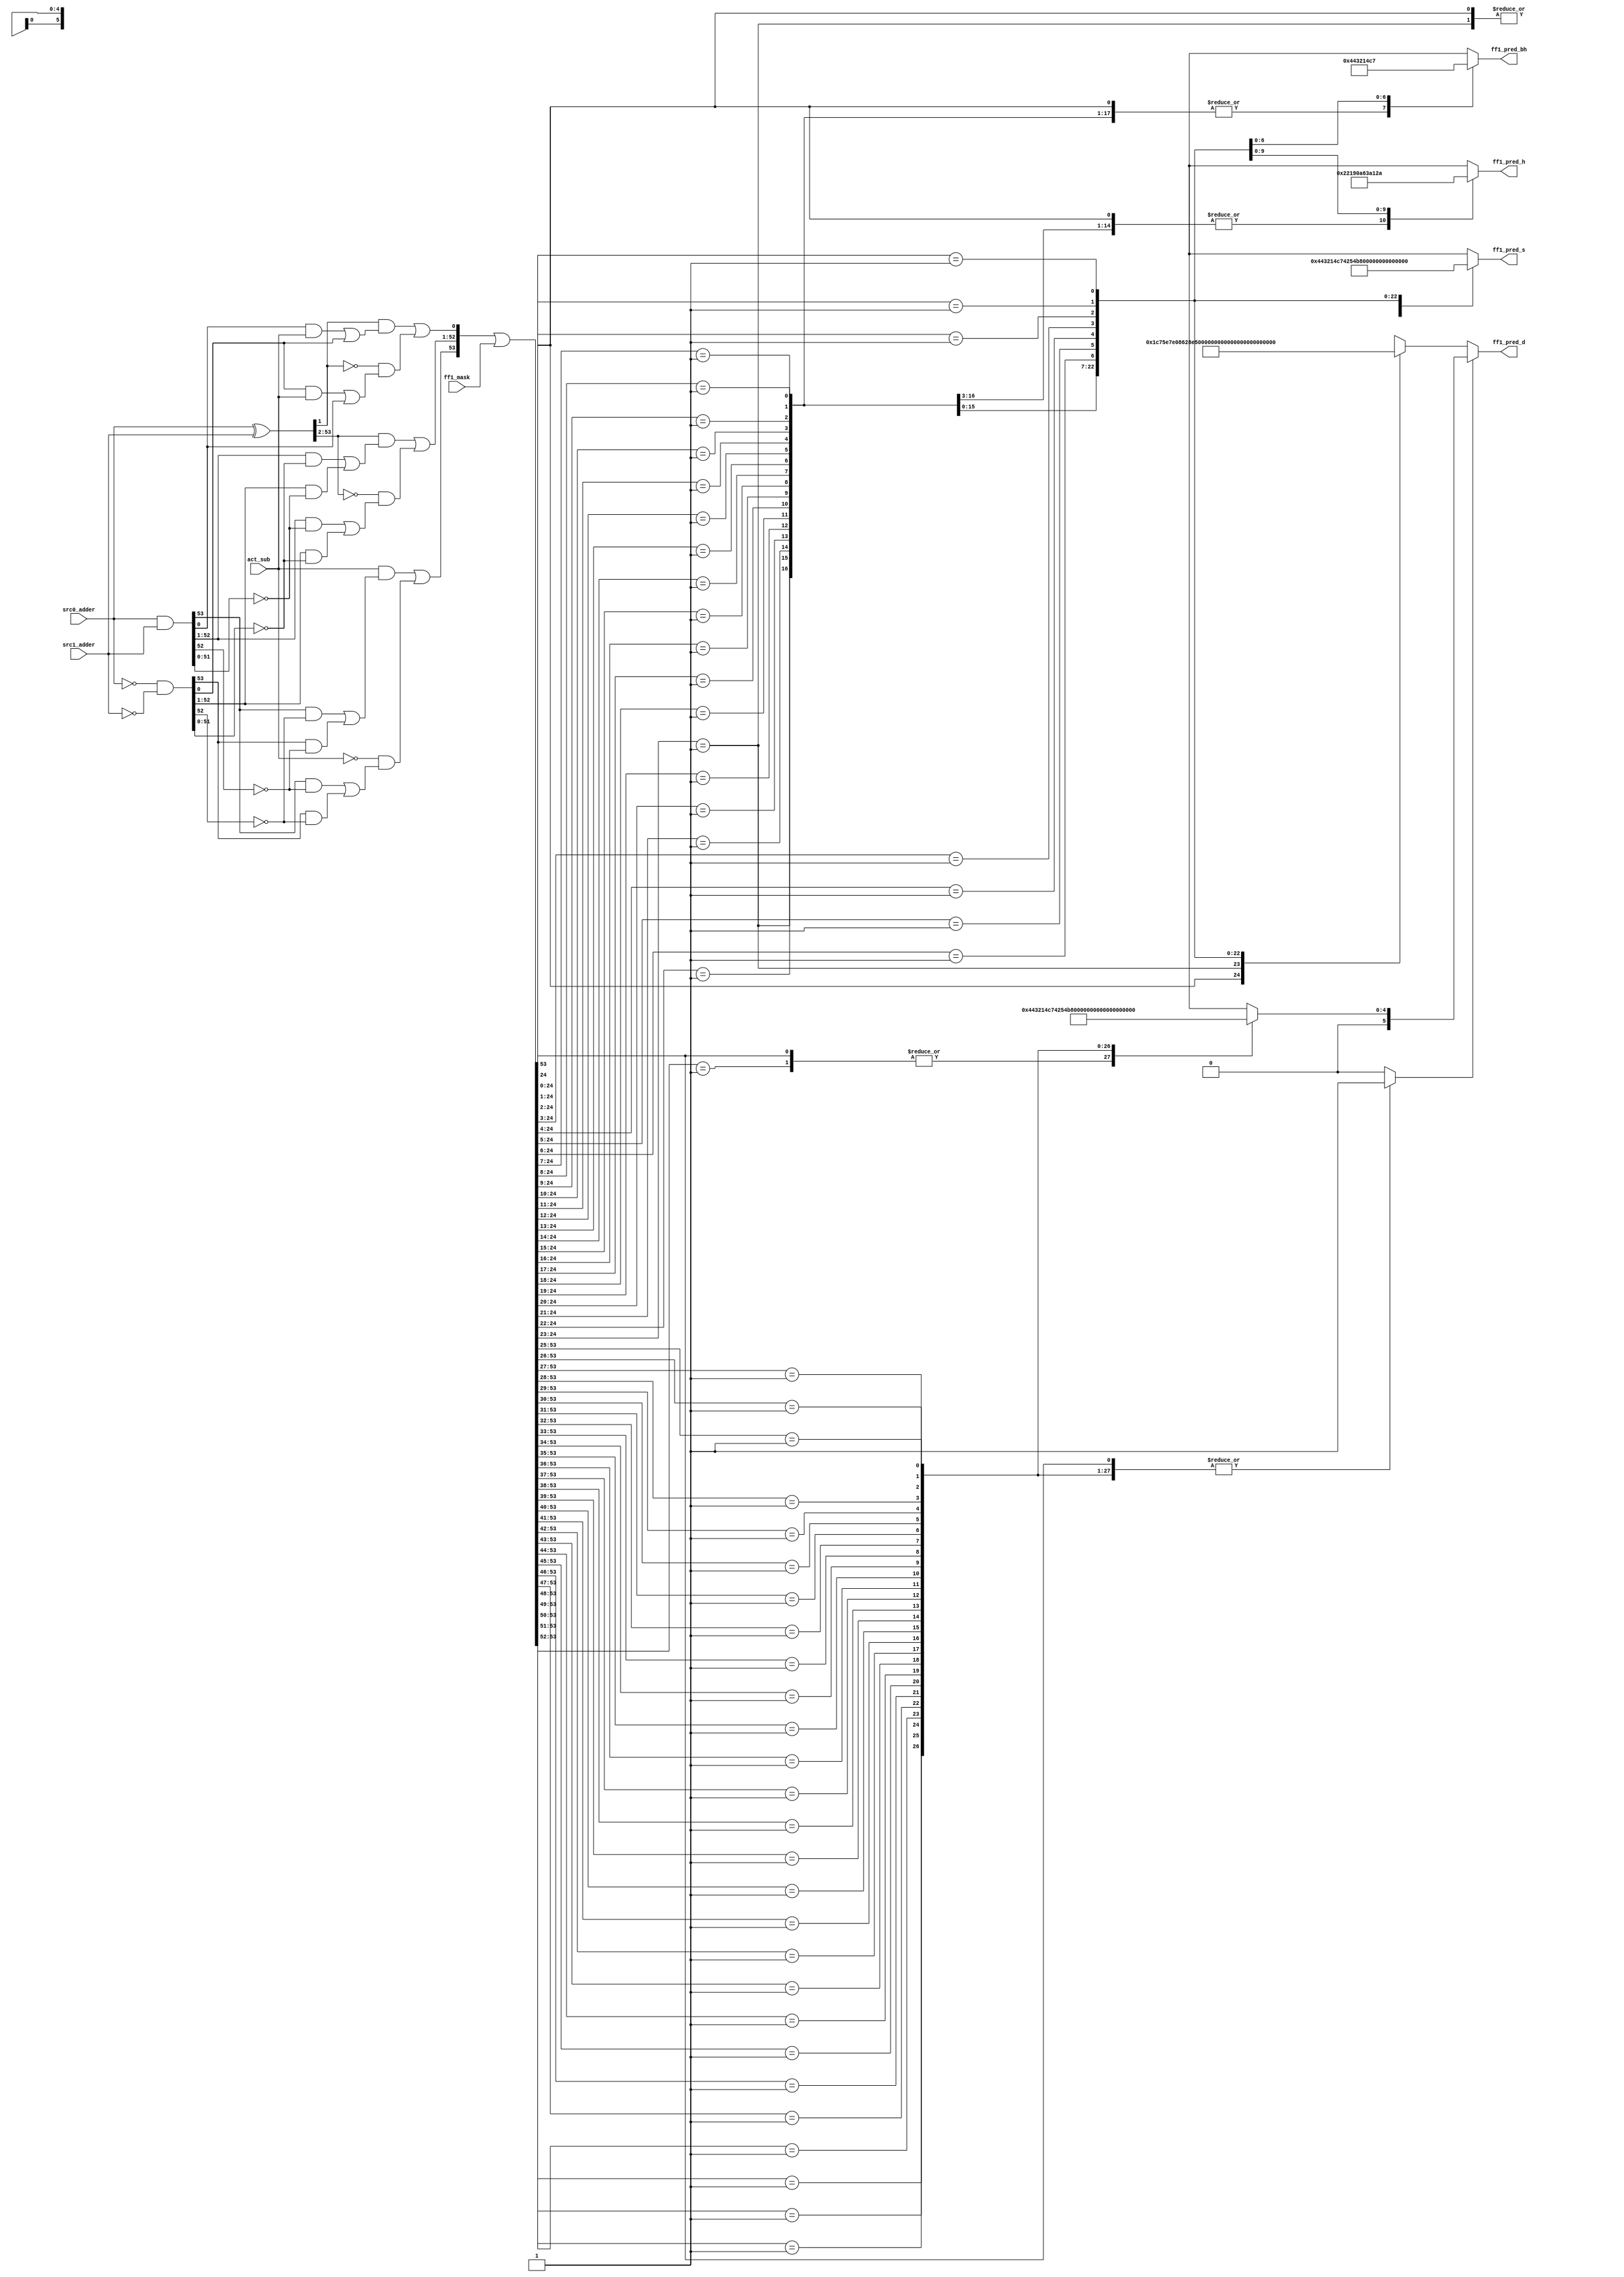
/*Copyright 2020-2021 T-Head Semiconductor Co., Ltd.

Licensed under the Apache License, Version 2.0 (the "License");
you may not use this file except in compliance with the License.
You may obtain a copy of the License at

    http://www.apache.org/licenses/LICENSE-2.0

Unless required by applicable law or agreed to in writing, software
distributed under the License is distributed on an "AS IS" BASIS,
WITHOUT WARRANTIES OR CONDITIONS OF ANY KIND, either express or implied.
See the License for the specific language governing permissions and
limitations under the License.
*/

// &ModuleBeg; @22
module aq_fadd_lop_s1_sb(
  act_sub,
  ff1_mask,
  ff1_pred_bh,
  ff1_pred_d,
  ff1_pred_h,
  ff1_pred_s,
  src0_adder,
  src1_adder
);

// &Ports; @23
input           act_sub;               
input   [53:0]  ff1_mask;              
input   [53:0]  src0_adder;            
input   [53:0]  src1_adder;            
output  [4 :0]  ff1_pred_bh;           
output  [5 :0]  ff1_pred_d;            
output  [4 :0]  ff1_pred_h;            
output  [4 :0]  ff1_pred_s;            

// &Regs; @24
reg     [4 :0]  ff1_l_pred_bh;         
reg     [4 :0]  ff1_l_pred_e_d;        
reg     [4 :0]  ff1_l_pred_h;          
reg     [5 :0]  ff1_l_pred_t0_d;       
reg     [24:0]  ff1_l_pred_t0_d_onehot; 
reg     [4 :0]  ff1_pred_e_d;          
reg             sel_h;                 

// &Wires; @25
wire            act_sub;               
wire    [53:0]  close_adder0_t0;       
wire    [53:0]  close_adder1_t0;       
wire    [53:0]  close_ff1_a_t0;        
wire    [53:0]  close_ff1_b_t0;        
wire    [53:0]  close_ff1_c_t0;        
wire    [53:0]  close_ff1_f_t0;        
wire    [53:0]  close_ff1_g_t0;        
wire    [53:0]  close_ff1_t_t0;        
wire    [53:0]  close_ff1_z_t0;        
wire    [53:0]  ff1_code;              
wire    [53:0]  ff1_mask;              
wire    [4 :0]  ff1_pred_bh;           
wire    [5 :0]  ff1_pred_d;            
wire    [4 :0]  ff1_pred_h;            
wire    [4 :0]  ff1_pred_s;            
wire    [53:0]  src0_adder;            
wire    [53:0]  src1_adder;            



//assign ff1_pred_onehot[53:0] = ff1_pred_t0_d_onehot[53:0];
assign ff1_pred_d[5:0]         = sel_h ? {1'b0,ff1_pred_e_d[4:0]} : ff1_l_pred_t0_d[5:0];
assign ff1_pred_s[4:0]       = ff1_l_pred_e_d[4:0];
assign ff1_pred_h[4:0]       = ff1_l_pred_h[4:0];
assign ff1_pred_bh[4:0]      = ff1_l_pred_bh[4:0];
assign close_adder0_t0[53:0] = src0_adder[53:0];
assign close_adder1_t0[53:0] = src1_adder[53:0];

//close_sum0 for F1-F0
//close_sum select, keep sum not negative
//close_sum0_m1
//assign close_sum_m1_t0[53:0] = $unsigned($signed(close_adder0_t0[53:0])
//                                        - $signed(close_adder1_t0[53:0])
//                                        + $signed(close_m1_oper2[53:0]));
//csky vperl_on
//FF1 Logic of Close Path S0
//If predict first 1 set at r[n]
//Actual first 1 may set at r[n+1] or r[n]
//A and B are to oprand
assign close_ff1_a_t0[53:0] = close_adder0_t0[53:0];
assign close_ff1_b_t0[53:0] = close_adder1_t0[53:0];

//C = B && act_add || ~B && act_sub
assign close_ff1_c_t0[53:0] = close_ff1_b_t0[53:0];
//T = A^C  G=A&C  Z=(~A)&(~C)
assign close_ff1_t_t0[53:0] = close_ff1_a_t0[53:0] ^ close_ff1_c_t0[53:0];
assign close_ff1_g_t0[53:0] = close_ff1_a_t0[53:0] & close_ff1_c_t0[53:0];
assign close_ff1_z_t0[53:0] = (~close_ff1_a_t0[53:0]) & (~close_ff1_c_t0[53:0]);
//F :
//fn-1 = En[gi(~zi-1) + zi(~gi-1)] + (~En)[gi(~gi-1) + zi(~zi-1)], En=act_sub
//f0   = t1(g0En+z0) + (~t1)(z0En+g0)
//fi   = ti+1[gi(~zi-1) + zi(~gi-1)] + (~ti+1)[gi(~gi-1) + zi(~zi-1)]
assign close_ff1_f_t0[53]   =  act_sub && (( close_ff1_g_t0[53] & (~close_ff1_z_t0[52])) |
                                           ( close_ff1_z_t0[53] & (~close_ff1_g_t0[52]))) ||  
                               !act_sub && (( close_ff1_g_t0[53] & (~close_ff1_g_t0[52])) |
                                            ( close_ff1_z_t0[53] & (~close_ff1_z_t0[52])));
assign close_ff1_f_t0[0]    = (( close_ff1_t_t0[1]) & ((close_ff1_g_t0[0]&act_sub) | close_ff1_z_t0[0])) |
                              ((~close_ff1_t_t0[1]) & ((close_ff1_z_t0[0]&act_sub) | close_ff1_g_t0[0]));
assign close_ff1_f_t0[52:1] = (( close_ff1_t_t0[53:2]) & ((close_ff1_g_t0[52:1] & (~close_ff1_z_t0[51:0])) |
                               ( close_ff1_z_t0[52:1]  & (~close_ff1_g_t0[51:0]))))                     |
                              ((~close_ff1_t_t0[53:2]) & ((close_ff1_g_t0[52:1] & (~close_ff1_g_t0[51:0])) |
                               ( close_ff1_z_t0[52:1]  & (~close_ff1_z_t0[51:0]))));
assign ff1_code[53:0] = close_ff1_f_t0[53:0] | ff1_mask[53:0];

// &CombBeg; @72
always @( ff1_code[53:25])
begin
casez(ff1_code[53:25])
  29'b1???_????_????_????_????_????_?????: begin
    ff1_pred_e_d[4:0]          = 5'b0;
    sel_h                      = 1'b1;
    //ff1_pred_t0_s[4:0]         = {5{1'bx}};
  end
  29'b01??_????_????_????_????_????_????? : begin
    ff1_pred_e_d[4:0]          = 5'd0;
    sel_h                      = 1'b1;
    //ff1_pred_t0_s[4:0]         = {5{1'bx}};
  end
  29'b001?_????_????_????_????_????_????? : begin
    ff1_pred_e_d[4:0]          = 5'd1;
    sel_h                      = 1'b1;
    //ff1_pred_t0_s[4:0]         = {5{1'bx}};
  end
  29'b0001_????_????_????_????_????_????? : begin
    ff1_pred_e_d[4:0]          = 5'd2;
    sel_h                      = 1'b1;
    //ff1_pred_t0_s[4:0]         = {5{1'bx}};
  end
  29'b0000_1???_????_????_????_????_????? : begin
    ff1_pred_e_d[4:0]          = 5'd3;
    sel_h                      = 1'b1;
    //ff1_pred_t0_s[4:0]         = {5{1'bx}};
  end
  29'b0000_01??_????_????_????_????_????? : begin
    ff1_pred_e_d[4:0]          = 5'd4;
    sel_h                      = 1'b1;
    //ff1_pred_t0_s[4:0]         = {5{1'bx}};
  end
  29'b0000_001?_????_????_????_????_????? : begin
    ff1_pred_e_d[4:0]          = 5'd5;
    sel_h                      = 1'b1;
    //ff1_pred_t0_s[4:0]         = {5{1'bx}};
  end
  29'b0000_0001_????_????_????_????_????? : begin
    ff1_pred_e_d[4:0]          = 5'd6;
    sel_h                      = 1'b1;
    //ff1_pred_t0_s[4:0]         = {5{1'bx}};
  end
  29'b0000_0000_1???_????_????_????_????? : begin
    ff1_pred_e_d[4:0]          = 5'd7;
    sel_h                      = 1'b1;
    //ff1_pred_t0_s[4:0]         = {5{1'bx}};
  end
  29'b0000_0000_01??_????_????_????_????? : begin
    ff1_pred_e_d[4:0]          = 5'd8;
    sel_h                      = 1'b1;
    //ff1_pred_t0_s[4:0]         = {5{1'bx}};
  end
  29'b0000_0000_001?_????_????_????_????? : begin
    ff1_pred_e_d[4:0]          = 5'd9;
    sel_h                      = 1'b1;
    //ff1_pred_t0_s[4:0]         = {5{1'bx}};
  end
  29'b0000_0000_0001_????_????_????_????? : begin
    ff1_pred_e_d[4:0]          = 5'd10;
    sel_h                      = 1'b1;
    //ff1_pred_t0_s[4:0]         = {5{1'bx}};
  end
  29'b0000_0000_0000_1???_????_????_????? : begin
    ff1_pred_e_d[4:0]          = 5'd11;
    sel_h                      = 1'b1;
    //ff1_pred_t0_s[4:0]         = {5{1'bx}};
  end
  29'b0000_0000_0000_01??_????_????_????? : begin
    ff1_pred_e_d[4:0]          = 5'd12;
    sel_h                      = 1'b1;
    //ff1_pred_t0_s[4:0]         = {5{1'bx}};
  end
  29'b0000_0000_0000_001?_????_????_????? : begin
    ff1_pred_e_d[4:0]          = 5'd13;
    sel_h                      = 1'b1;
    //ff1_pred_t0_s[4:0]         = {5{1'bx}};
  end
  29'b0000_0000_0000_0001_????_????_????? : begin
    ff1_pred_e_d[4:0]          = 5'd14;
    sel_h                      = 1'b1;
    //ff1_pred_t0_s[4:0]         = {5{1'bx}};
  end
  29'b0000_0000_0000_0000_1???_????_????? : begin
    ff1_pred_e_d[4:0]          = 5'd15;
    sel_h                      = 1'b1;
    //ff1_pred_t0_s[4:0]         = {5{1'bx}};
  end
  29'b0000_0000_0000_0000_01??_????_????? : begin
    ff1_pred_e_d[4:0]          = 5'd16;
    sel_h                      = 1'b1;
    //ff1_pred_t0_s[4:0]         = {5{1'bx}};
  end
  29'b0000_0000_0000_0000_001?_????_????? : begin
    ff1_pred_e_d[4:0]          = 5'd17;
    sel_h                      = 1'b1;
    //ff1_pred_t0_s[4:0]         = {5{1'bx}};
  end
  29'b0000_0000_0000_0000_0001_????_????? : begin
    ff1_pred_e_d[4:0]          = 5'd18;
    sel_h                      = 1'b1;
    //ff1_pred_t0_s[4:0]         = {5{1'bx}};
  end
  29'b0000_0000_0000_0000_0000_1???_????? : begin
    ff1_pred_e_d[4:0]          = 5'd19;
    sel_h                      = 1'b1;
    //ff1_pred_t0_s[4:0]         = {5{1'bx}};
  end
  29'b0000_0000_0000_0000_0000_01??_????? : begin
    ff1_pred_e_d[4:0]          = 5'd20;
    sel_h                      = 1'b1;
    //ff1_pred_t0_s[4:0]         = {5{1'bx}};
  end
  29'b0000_0000_0000_0000_0000_001?_????? : begin
    ff1_pred_e_d[4:0]          = 5'd21;
    sel_h                      = 1'b1;
    //ff1_pred_t0_s[4:0]         = {5{1'bx}};
  end
  29'b0000_0000_0000_0000_0000_0001_????? : begin
    ff1_pred_e_d[4:0]          = 5'd22;
    sel_h                      = 1'b1;
    //ff1_pred_t0_s[4:0]         = {5{1'bx}};
  end
  29'b0000_0000_0000_0000_0000_0000_1???? : begin
    ff1_pred_e_d[4:0]          = 5'd23;
    sel_h                      = 1'b1;
    //ff1_pred_t0_s[4:0]         = {5{1'bx}};
  end
  29'b0000_0000_0000_0000_0000_0000_01??? : begin
    ff1_pred_e_d[4:0]          = 5'd24;
    sel_h                      = 1'b1;
    //ff1_pred_t0_s[4:0]         = {5{1'bx}};
  end
  29'b0000_0000_0000_0000_0000_0000_001?? : begin
    ff1_pred_e_d[4:0]          = 5'd25;
    sel_h                      = 1'b1;
    //ff1_pred_t0_s[4:0]         = {5{1'bx}};
  end
  29'b0000_0000_0000_0000_0000_0000_0001? : begin
    ff1_pred_e_d[4:0]          = 5'd26;
    sel_h                      = 1'b1;
    //ff1_pred_t0_s[4:0]         = {5{1'bx}};
  end
  29'b0000_0000_0000_0000_0000_0000_00001 : begin
    ff1_pred_e_d[4:0]          = 5'd27;
    sel_h                      = 1'b1;
    //ff1_pred_t0_s[4:0]         = {5{1'bx}};
  end

  default : begin
    ff1_pred_e_d[4:0]          = {5{1'bx}};
    sel_h                      = 1'b0;
    //ff1_pred_t0_s[4:0]         = {5{1'bx}};
  end
endcase
// &CombEnd; @226
end
// &Force("nonport","ff1_l_pred_t0_d_onehot"); @227
// &CombBeg; @228
always @( ff1_code[24:0])
begin
casez(ff1_code[24:0])
  25'b1???_????_????_????_????_????_?: begin
    ff1_l_pred_t0_d_onehot[24:0] = 25'b1000_0000_0000_0000_0000_0000_0;
    ff1_l_pred_t0_d[5:0]         = 6'd28;
    ff1_l_pred_e_d[4:0]          = 5'b0;
    ff1_l_pred_h[4:0]            = 5'b0;
    ff1_l_pred_bh[4:0]           = 5'b0;
    //ff1_l_pred_t0_s[4:0]         = {5{1'bx}};
  end
  25'b01??_????_????_????_????_????_?: begin
    ff1_l_pred_t0_d_onehot[24:0] = 25'b0100_0000_0000_0000_0000_0000_0;
    ff1_l_pred_t0_d[5:0]         = 6'd29;
    ff1_l_pred_e_d[4:0]          = 5'd0;
    ff1_l_pred_h[4:0]            = 5'b0;
    ff1_l_pred_bh[4:0]           = 5'b0;
    //ff1_l_pred_t0_s[4:0]         = {5{1'bx}};
  end
  25'b001?_????_????_????_????_????_?: begin
    ff1_l_pred_t0_d_onehot[24:0] = 25'b0010_0000_0000_0000_0000_0000_0;
    ff1_l_pred_t0_d[5:0]         = 6'd30;
    ff1_l_pred_e_d[4:0]          = 5'd1;
    ff1_l_pred_h[4:0]            = 5'b0;
    ff1_l_pred_bh[4:0]           = 5'b0;
    //ff1_l_pred_t0_s[4:0]         = {5{1'bx}};
  end
  25'b0001_????_????_????_????_????_?: begin
    ff1_l_pred_t0_d_onehot[24:0] = 25'b0001_0000_0000_0000_0000_0000_0;
    ff1_l_pred_t0_d[5:0]         = 6'd31;
    ff1_l_pred_e_d[4:0]          = 5'd2;
    ff1_l_pred_h[4:0]            = 5'b0;
    ff1_l_pred_bh[4:0]           = 5'b0;
    //ff1_l_pred_t0_s[4:0]         = {5{1'bx}};
  end
  25'b0000_1???_????_????_????_????_?: begin
    ff1_l_pred_t0_d_onehot[24:0] = 25'b0000_1000_0000_0000_0000_0000_0;
    ff1_l_pred_t0_d[5:0]         = 6'd32;
    ff1_l_pred_e_d[4:0]          = 5'd3;
    ff1_l_pred_h[4:0]            = 5'b0;
    ff1_l_pred_bh[4:0]           = 5'b0;
    //ff1_l_pred_t0_s[4:0]         = {5{1'bx}};
  end
  25'b0000_01??_????_????_????_????_?: begin
    ff1_l_pred_t0_d_onehot[24:0] = 25'b0000_0100_0000_0000_0000_0000_0;
    ff1_l_pred_t0_d[5:0]         = 6'd33;
    ff1_l_pred_e_d[4:0]          = 5'd4;
    ff1_l_pred_h[4:0]            = 5'b0;
    ff1_l_pred_bh[4:0]           = 5'b0;
    //ff1_l_pred_t0_s[4:0]         = {5{1'bx}};
  end
  25'b0000_001?_????_????_????_????_?: begin
    ff1_l_pred_t0_d_onehot[24:0] = 25'b0000_0010_0000_0000_0000_0000_0;
    ff1_l_pred_t0_d[5:0]         = 6'd34;
    ff1_l_pred_e_d[4:0]          = 5'd5;
    ff1_l_pred_h[4:0]            = 5'b0;
    ff1_l_pred_bh[4:0]           = 5'b0;
    //ff1_l_pred_t0_s[4:0]         = {5{1'bx}};
  end
  25'b0000_0001_????_????_????_????_?: begin
    ff1_l_pred_t0_d_onehot[24:0] = 25'b0000_0001_0000_0000_0000_0000_0;
    ff1_l_pred_t0_d[5:0]         = 6'd35;
    ff1_l_pred_e_d[4:0]          = 5'd6;
    ff1_l_pred_h[4:0]            = 5'b0;
    ff1_l_pred_bh[4:0]           = 5'b0;
    //ff1_l_pred_t0_s[4:0]         = {5{1'bx}};
  end
  25'b0000_0000_1???_????_????_????_?: begin
    ff1_l_pred_t0_d_onehot[24:0] = 25'b0000_0000_1000_0000_0000_0000_0;
    ff1_l_pred_t0_d[5:0]         = 6'd36;
    ff1_l_pred_e_d[4:0]          = 5'd7;
    ff1_l_pred_h[4:0]            = 5'b0;
    ff1_l_pred_bh[4:0]           = 5'b0;
    //ff1_l_pred_t0_s[4:0]         = {5{1'bx}};
  end
  25'b0000_0000_01??_????_????_????_?: begin
    ff1_l_pred_t0_d_onehot[24:0] = 25'b0000_0000_0100_0000_0000_0000_0;
    ff1_l_pred_t0_d[5:0]         = 6'd37;
    ff1_l_pred_e_d[4:0]          = 5'd8;
    ff1_l_pred_h[4:0]            = 5'b0;
    ff1_l_pred_bh[4:0]           = 5'b0;
    //ff1_l_pred_t0_s[4:0]         = {5{1'bx}};
  end
  25'b0000_0000_001?_????_????_????_?: begin
    ff1_l_pred_t0_d_onehot[24:0] = 25'b0000_0000_0010_0000_0000_0000_0;
    ff1_l_pred_t0_d[5:0]         = 6'd38;
    ff1_l_pred_e_d[4:0]          = 5'd9;
    ff1_l_pred_h[4:0]            = 5'b0;
    ff1_l_pred_bh[4:0]           = 5'b0;
    //ff1_l_pred_t0_s[4:0]         = {5{1'bx}};
  end
  25'b0000_0000_0001_????_????_????_?: begin
    ff1_l_pred_t0_d_onehot[24:0] = 25'b0000_0000_0001_0000_0000_0000_0;
    ff1_l_pred_t0_d[5:0]         = 6'd39;
    ff1_l_pred_e_d[4:0]          = 5'd10;
    ff1_l_pred_h[4:0]            = 5'b0;
    ff1_l_pred_bh[4:0]           = 5'b0;
    //ff1_l_pred_t0_s[4:0]         = {5{1'bx}};
  end
  25'b0000_0000_0000_1???_????_????_?: begin
    ff1_l_pred_t0_d_onehot[24:0] = 25'b0000_0000_0000_1000_0000_0000_0;
    ff1_l_pred_t0_d[5:0]         = 6'd40;
    ff1_l_pred_e_d[4:0]          = 5'd11;
    ff1_l_pred_h[4:0]            = 5'b0;
    ff1_l_pred_bh[4:0]           = 5'b0;
    //ff1_l_pred_t0_s[4:0]         = {5{1'bx}};
  end
  25'b0000_0000_0000_01??_????_????_?: begin
    ff1_l_pred_t0_d_onehot[24:0] = 25'b0000_0000_0000_0100_0000_0000_0;
    ff1_l_pred_t0_d[5:0]         = 6'd41;
    ff1_l_pred_e_d[4:0]          = 5'd12;
    ff1_l_pred_h[4:0]            = 5'b0;
    ff1_l_pred_bh[4:0]           = 5'b0;
    //ff1_l_pred_t0_s[4:0]         = {5{1'bx}};
  end
  25'b0000_0000_0000_001?_????_????_?: begin
    ff1_l_pred_t0_d_onehot[24:0] = 25'b0000_0000_0000_0010_0000_0000_0;
    ff1_l_pred_t0_d[5:0]         = 6'd42;
    ff1_l_pred_e_d[4:0]          = 5'd13;
    ff1_l_pred_h[4:0]            = 5'b0;
    ff1_l_pred_bh[4:0]           = 5'b0;
    //ff1_l_pred_t0_s[4:0]         = {5{1'bx}};
  end
  25'b0000_0000_0000_0001_????_????_?: begin
    ff1_l_pred_t0_d_onehot[24:0] = 25'b0000_0000_0000_0001_0000_0000_0;
    ff1_l_pred_t0_d[5:0]         = 6'd43;
    ff1_l_pred_e_d[4:0]          = 5'd14;
    ff1_l_pred_h[4:0]            = 5'd1;
    ff1_l_pred_bh[4:0]           = 5'd0;
    //ff1_l_pred_t0_s[4:0]         = {5{1'bx}};
  end
  25'b0000_0000_0000_0000_1???_????_?: begin
    ff1_l_pred_t0_d_onehot[24:0] = 25'b0000_0000_0000_0000_1000_0000_0;
    ff1_l_pred_t0_d[5:0]         = 6'd44;
    ff1_l_pred_e_d[4:0]          = 5'd15;
    ff1_l_pred_h[4:0]            = 5'd2;
    ff1_l_pred_bh[4:0]           = 5'd0;
    //ff1_l_pred_t0_s[4:0]         = {5{1'bx}};
  end
  25'b0000_0000_0000_0000_01??_????_?: begin
    ff1_l_pred_t0_d_onehot[24:0] = 25'b0000_0000_0000_0000_0100_0000_0;
    ff1_l_pred_t0_d[5:0]         = 6'd45;
    ff1_l_pred_e_d[4:0]          = 5'd16;
    ff1_l_pred_h[4:0]            = 5'd3;
    ff1_l_pred_bh[4:0]           = 5'd0;
    //ff1_l_pred_t0_s[4:0]         = {5{1'bx}};
  end
  25'b0000_0000_0000_0000_001?_????_?: begin
    ff1_l_pred_t0_d_onehot[24:0] = 25'b0000_0000_0000_0000_0010_0000_0;
    ff1_l_pred_t0_d[5:0]         = 6'd46;
    ff1_l_pred_e_d[4:0]          = 5'd17;
    ff1_l_pred_h[4:0]            = 5'd4;
    ff1_l_pred_bh[4:0]           = 5'd1;
    //ff1_l_pred_t0_s[4:0]         = {5{1'bx}};
  end
  25'b0000_0000_0000_0000_0001_????_?: begin
    ff1_l_pred_t0_d_onehot[24:0] = 25'b0000_0000_0000_0000_0001_0000_0;
    ff1_l_pred_t0_d[5:0]         = 6'd47;
    ff1_l_pred_e_d[4:0]          = 5'd18;
    ff1_l_pred_h[4:0]            = 5'd5;
    ff1_l_pred_bh[4:0]           = 5'd2;
    //ff1_l_pred_t0_s[4:0]         = {5{1'bx}};
  end
  25'b0000_0000_0000_0000_0000_1???_?: begin
    ff1_l_pred_t0_d_onehot[24:0] = 25'b0000_0000_0000_0000_0000_1000_0;
    ff1_l_pred_t0_d[5:0]         = 6'd48;
    ff1_l_pred_e_d[4:0]          = 5'd19;
    ff1_l_pred_h[4:0]            = 5'd6;
    ff1_l_pred_bh[4:0]           = 5'd3;
    //ff1_l_pred_t0_s[4:0]         = {5{1'bx}};
  end
  25'b0000_0000_0000_0000_0000_01??_?: begin
    ff1_l_pred_t0_d_onehot[24:0] = 25'b0000_0000_0000_0000_0000_0100_0;
    ff1_l_pred_t0_d[5:0]         = 6'd49;
    ff1_l_pred_e_d[4:0]          = 5'd20;
    ff1_l_pred_h[4:0]            = 5'd7;
    ff1_l_pred_bh[4:0]           = 5'd4;
    //ff1_l_pred_t0_s[4:0]         = {5{1'bx}};
  end
  25'b0000_0000_0000_0000_0000_001?_?: begin
    ff1_l_pred_t0_d_onehot[24:0] = 25'b0000_0000_0000_0000_0000_0010_0;
    ff1_l_pred_t0_d[5:0]         = 6'd50;
    ff1_l_pred_e_d[4:0]          = 5'd21;
    ff1_l_pred_h[4:0]            = 5'd8;
    ff1_l_pred_bh[4:0]           = 5'd5;
    //ff1_l_pred_t0_s[4:0]         = {5{1'bx}};
  end
  25'b0000_0000_0000_0000_0000_0001_?: begin
    ff1_l_pred_t0_d_onehot[24:0] = 25'b0000_0000_0000_0000_0000_0001_0;
    ff1_l_pred_t0_d[5:0]         = 6'd51;
    ff1_l_pred_e_d[4:0]          = 5'd22;
    ff1_l_pred_h[4:0]            = 5'd9;
    ff1_l_pred_bh[4:0]           = 5'd6;
    //ff1_l_pred_t0_s[4:0]         = {5{1'bx}};
  end
  25'b0000_0000_0000_0000_0000_0000_1: begin
    ff1_l_pred_t0_d_onehot[24:0] = 25'b0000_0000_0000_0000_0000_0000_1;
    ff1_l_pred_t0_d[5:0]         = 6'd52;
    ff1_l_pred_e_d[4:0]          = 5'd23;
    ff1_l_pred_h[4:0]            = 5'd10;
    ff1_l_pred_bh[4:0]           = 5'd7;
    //ff1_l_pred_t0_s[4:0]         = {5{1'bx}};
  end
  default : begin
    ff1_l_pred_t0_d_onehot[24:0] = {25{1'bx}};
    ff1_l_pred_t0_d[5:0]         = {6{1'bx}};
    ff1_l_pred_e_d[4:0]          = {5{1'bx}};
    ff1_l_pred_h[4:0]            = {5{1'bx}};
    ff1_l_pred_bh[4:0]           = {5{1'bx}};
    //ff1_l_pred_t0_s[4:0]         = {5{1'bx}};
  end
endcase
// &CombEnd; @439
end




// &ModuleEnd; @444
endmodule